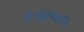
કસાબના